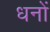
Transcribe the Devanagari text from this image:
धनों